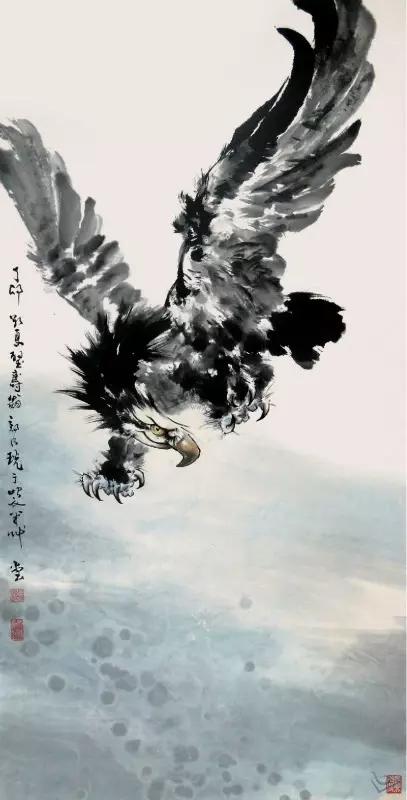
麋鹿成群，虎豹避之飞鸟成列，鹰鹫不击